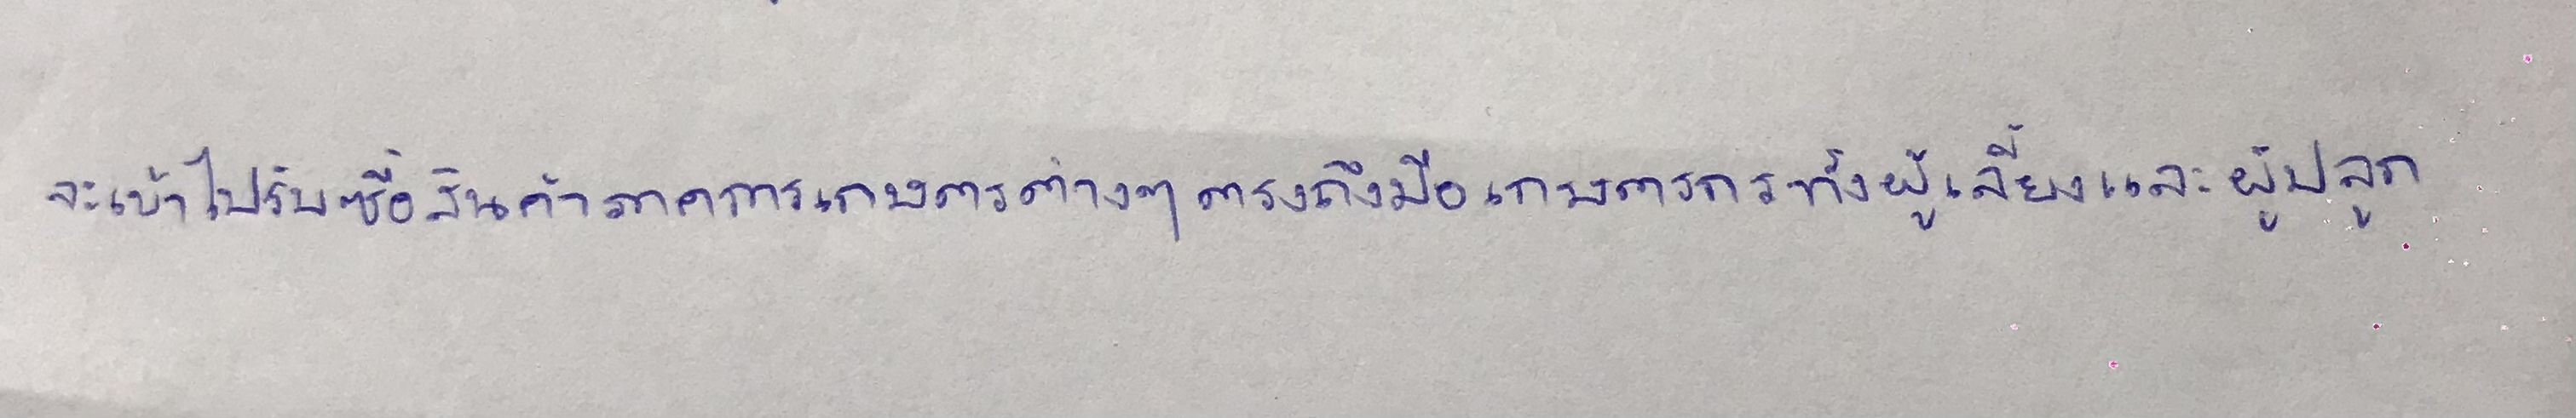
จะเข้าไปรับซื้อสินค้าภาคการเกษตรต่างๆตรงถึงมือเกษตรกรทั้งผู้เลี้ยงและผู้ปลูก